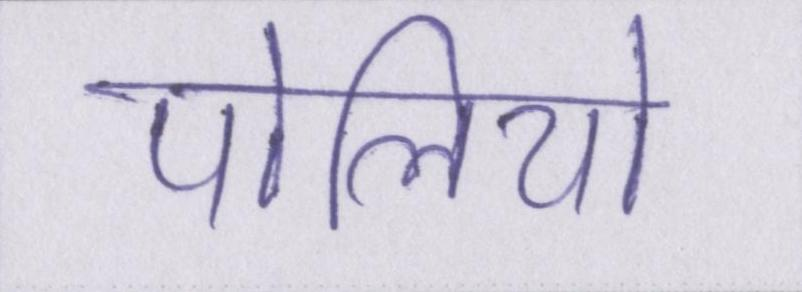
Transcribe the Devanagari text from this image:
पोलियो